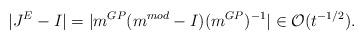
LaTeX: \begin{align*} \vert J^E-I \vert= \vert m^{GP}(m^{mod}-I)(m^{GP})^{-1} \vert\in\mathcal{O}(t^{-1/2}).\end{align*}